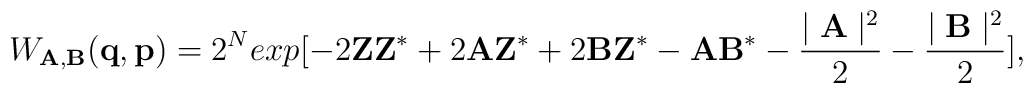
W_{{\bf A,B}}({\bf q,p})=2^{N}exp[-2{\bf Z Z^{*}}+2{\bf A Z^{*}}+2{\bf BZ^{*}}-{\bf AB^{*}}-\frac{\mid {\bf A}\mid^{2}}{2}-\frac{\mid {\bf B}\mid^{2}}{2}],\nonumber\\